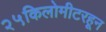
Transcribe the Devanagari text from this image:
२५किलोमीटरहून